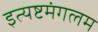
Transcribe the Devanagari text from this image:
इत्यष्टमंगलम